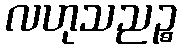
လဟုသညဉ္စ